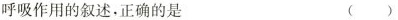
呼吸作用的叙述，正确的是 ()